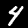
Label: 4